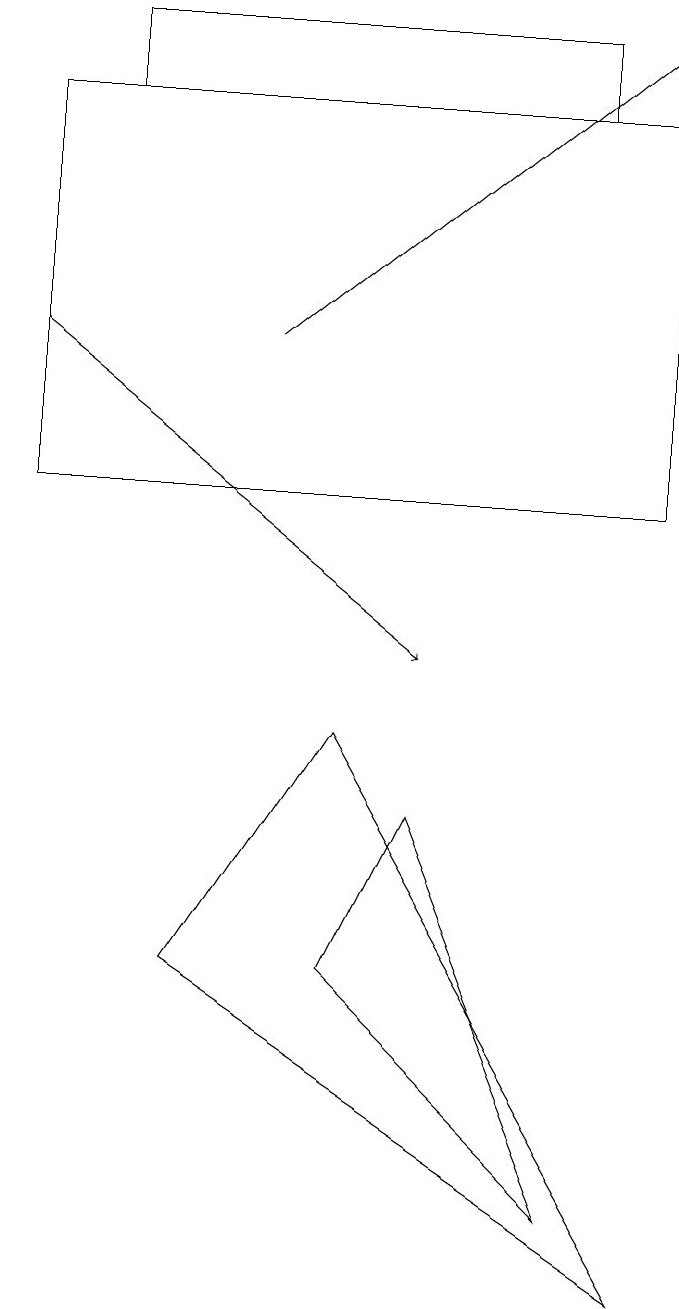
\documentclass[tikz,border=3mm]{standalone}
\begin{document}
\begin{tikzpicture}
\draw (7,3) -- (5,8) -- (4,6) -- cycle;
\draw (4,9) -- (8,2) -- (2,6) -- cycle;
\draw[->] (3,14) -- (8,18);
\draw (1,17) rectangle (7,18);
\draw[->] (0,14) -- (5,10);
\draw (8,12) rectangle (0,17);
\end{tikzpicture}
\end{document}